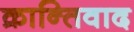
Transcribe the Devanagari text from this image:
क्रान्तिवाद